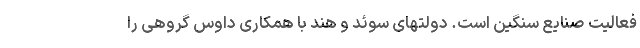
فعالیتِ صنایع سنگین است. دولتهای سوئد و هند با همکاری داوس گروهی را